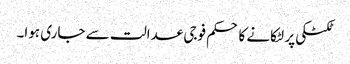
ٹکٹکی پر لٹکانے کا حکم فوجی عدالت سے جاری ہوا۔